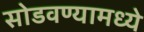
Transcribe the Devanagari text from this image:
सोडवण्यामध्ये